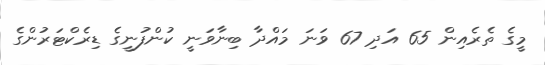
މީގެ ތެރެއިން 65 އަދި 67 ވަނަ މައްދާ ބިނާވަނީ ކުންފުނީގެ ޑިރެކްޓަރުންގެ